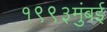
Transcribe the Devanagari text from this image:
१९९३मुंबई